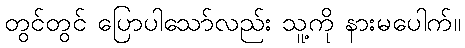
တွင်တွင် ပြောပါသော်လည်း သူ့ကို နားမပေါက်။